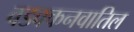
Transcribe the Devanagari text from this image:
वडक्कनवातिल